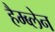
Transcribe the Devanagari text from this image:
हैम्ब्लेन